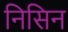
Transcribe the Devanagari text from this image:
निसिन